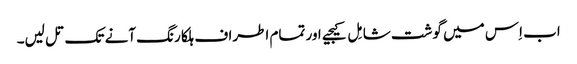
اب اِس میں گوشت شامِل کیجیے اور تمام اطراف ہلکا رنگ آنے تک تل لیں۔